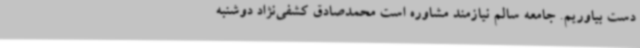
دست بیاوریم. جامعه سالم نیازمند مشاوره است محمدصادق کشفی‌نژاد دوشنبه